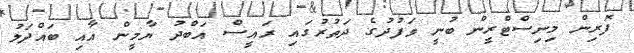
ފޮރިން މިނިސްޓްރީން ބުނީ ވަފުދުގެ ދަތުރުގައި ރައީސް އަބްދު ޔާމީން އާއި ބައްދަލު